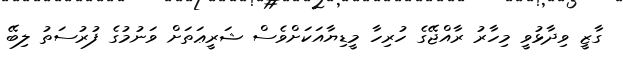
ގާޒީ ވިދާޅުވީ މިހާރު ރާއްޖޭގެ ހުރިހާ މީޑިޔާއަކަށްވެސް ޝަރީޢަތަށް ވަނުމުގެ ފުރުސަތު ލިބޭ